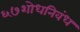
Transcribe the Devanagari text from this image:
६७शोधनिवंध